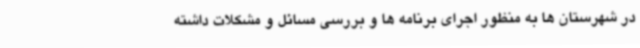
در شهرستان ها به منظور اجرای برنامه ها و بررسی مسائل و مشکلات داشته